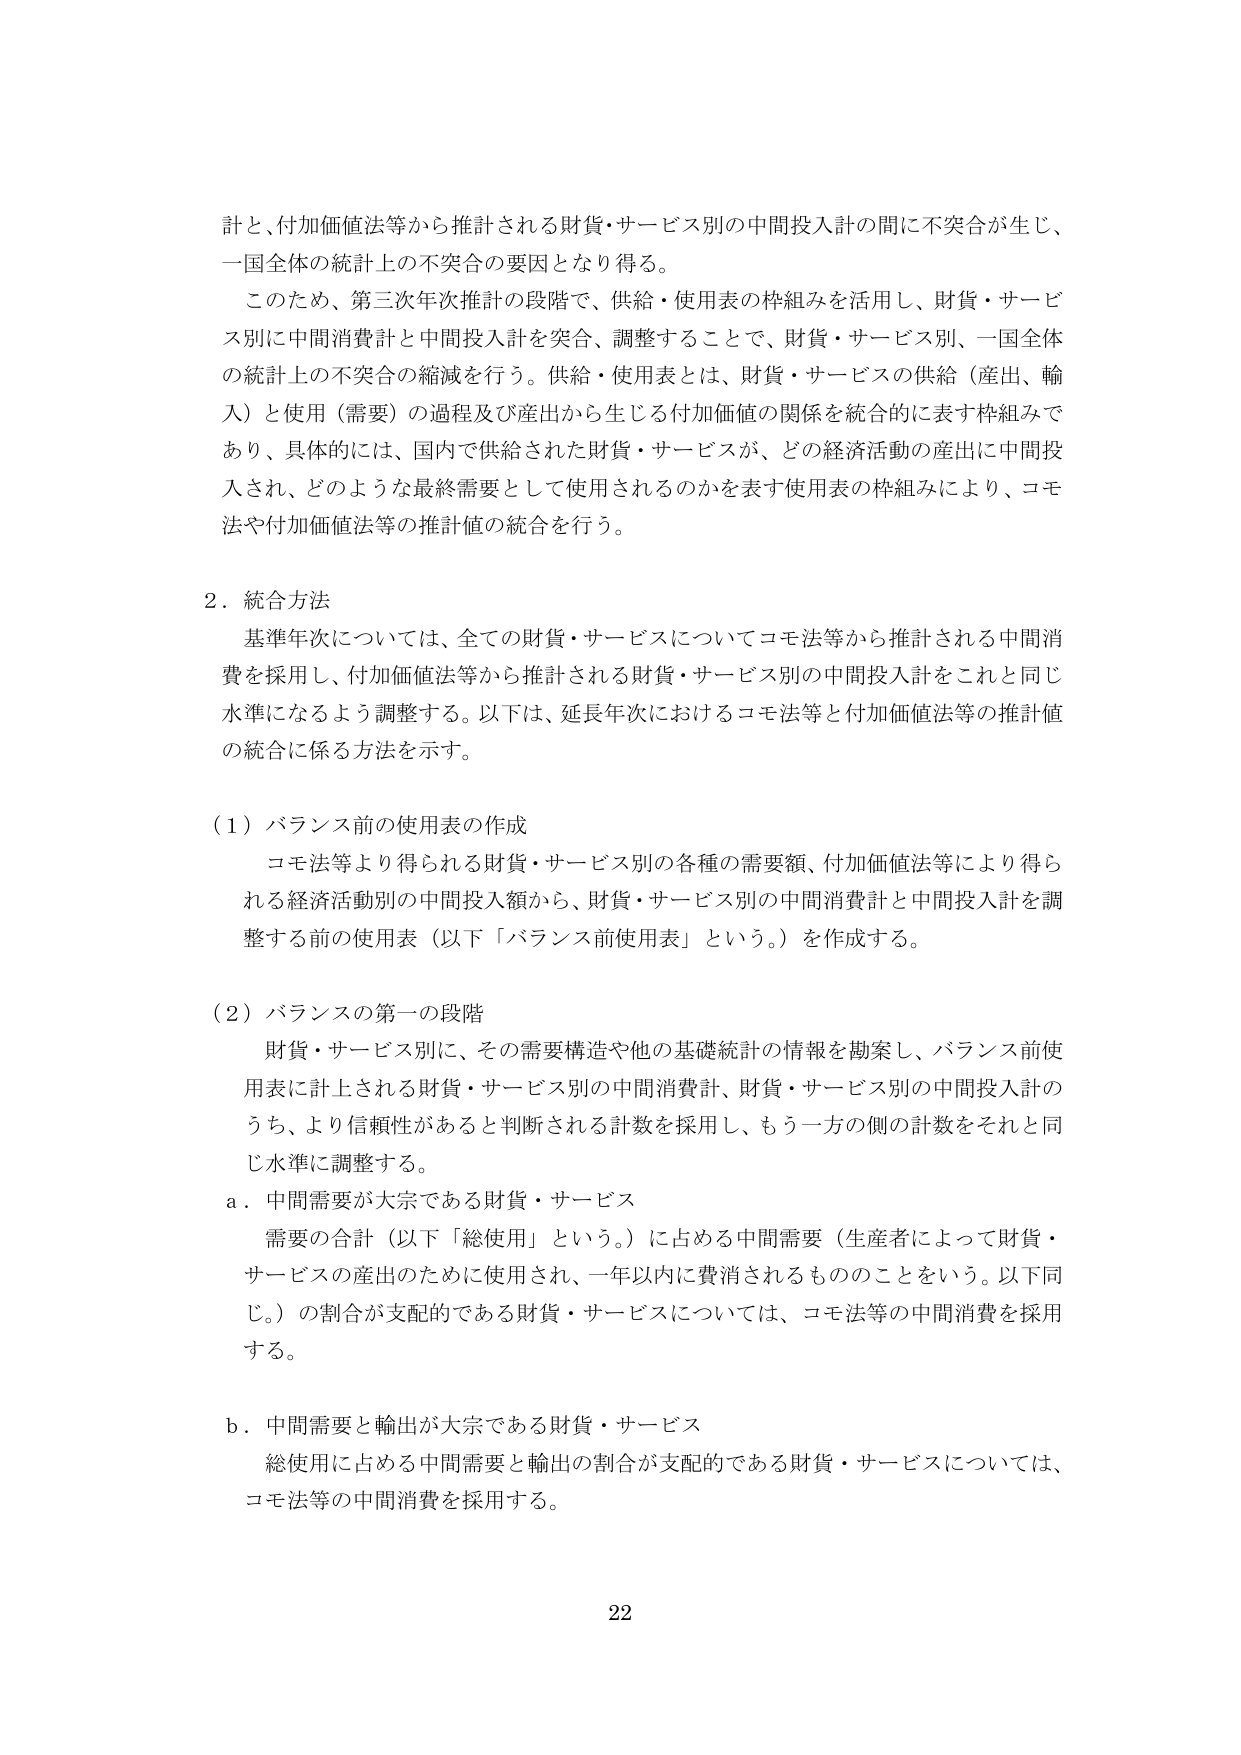
計と、付加価値法等から推計される財貨・サービス別の中間投入計の間に不突合が生じ、
一国全体の統計上の不突合の要因となり得る。

このため、第三次年次推計の段階で、供給・使用表の枠組みを活用し、財貨・サービス別に中間消費計と中間投入計を突合、調整することで、財貨・サービス別、一国全体の統計上の不突合の縮減を行う。供給・使用表とは、財貨・サービスの供給（産出、輸入）と使用（需要）の過程及び産出から生じる付加価値の関係を統合的に表す枠組みであり、具体的には、国内で供給された財貨・サービスが、どの経済活動の産出に中間投入され、どのような最終需要として使用されるのかを表す使用表の枠組みにより、コモ法や付加価値法等の推計値の統合を行う。

2．統合方法

基準年次については、全ての財貨・サービスについてコモ法等から推計される中間消費を採用し、付加価値法等から推計される財貨・サービス別の中間投入計をこれと同じ水準になるよう調整する。以下は、延長年次におけるコモ法等と付加価値法等の推計値の統合に係る方法を示す。

（1）バランス前の使用表の作成

コモ法等より得られる財貨・サービス別の各種の需要額、付加価値法等により得られる経済活動別の中間投入額から、財貨・サービス別の中間消費計と中間投入計を調整する前の使用表（以下「バランス前使用表」という。）を作成する。

（2）バランスの第一の段階

財貨・サービス別に、その需要構造や他の基礎統計の情報を勘案し、バランス前使用表に計上される財貨・サービス別の中間消費計、財貨・サービス別の中間投入計のうち、より信頼性があると判断される計数を採用し、もう一方の側の計数をそれと同じ水準に調整する。

a．中間需要が大宗である財貨・サービス

需要の合計（以下「総使用」という。）に占める中間需要（生産者によって財貨・サービスの産出のために使用され、一年以内に費消されるもののことという。以下同じ。）の割合が支配的である財貨・サービスについては、コモ法等の中間消費を採用する。

b．中間需要と輸出が大宗である財貨・サービス

総使用に占める中間需要と輸出の割合が支配的である財貨・サービスについては、コモ法等の中間消費を採用する。

22